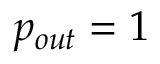
p _ { o u t } = 1